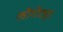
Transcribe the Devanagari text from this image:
लोंगीट्यूड